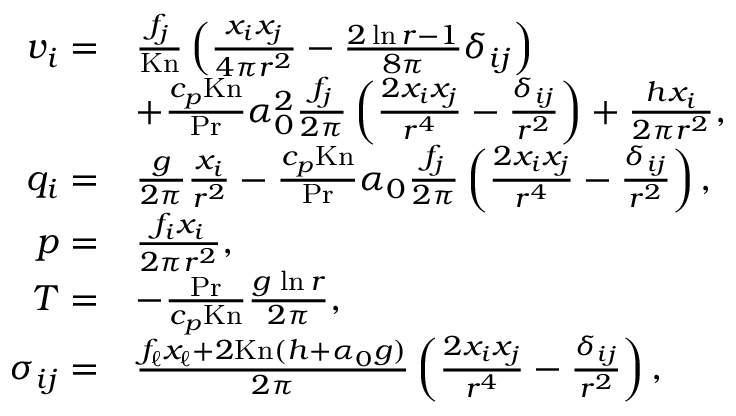
\begin{array} { r l } { v _ { i } = } & { \frac { f _ { j } } { \mathrm { K n } } \left( \frac { x _ { i } x _ { j } } { 4 \pi r ^ { 2 } } - \frac { 2 \ln { r } - 1 } { 8 \pi } \delta _ { i j } \right) } \\ & { + \frac { c _ { p } \mathrm { K n } } { \mathrm { P r } } \alpha _ { 0 } ^ { 2 } \frac { f _ { j } } { 2 \pi } \left( \frac { 2 x _ { i } x _ { j } } { r ^ { 4 } } - \frac { \delta _ { i j } } { r ^ { 2 } } \right) + \frac { h x _ { i } } { 2 \pi r ^ { 2 } } , } \\ { q _ { i } = } & { \frac { g } { 2 \pi } \frac { x _ { i } } { r ^ { 2 } } - \frac { c _ { p } \mathrm { K n } } { \mathrm { P r } } \alpha _ { 0 } \frac { f _ { j } } { 2 \pi } \left( \frac { 2 x _ { i } x _ { j } } { r ^ { 4 } } - \frac { \delta _ { i j } } { r ^ { 2 } } \right) , } \\ { p = } & { \frac { f _ { i } x _ { i } } { 2 \pi r ^ { 2 } } , } \\ { T = } & { - \frac { \mathrm { P r } } { c _ { p } \mathrm { K n } } \frac { g \, \ln { r } } { 2 \pi } , } \\ { \sigma _ { i j } = } & { \frac { f _ { \ell } x _ { \ell } + 2 \mathrm { K n } ( h + \alpha _ { 0 } g ) } { 2 \pi } \left( \frac { 2 x _ { i } x _ { j } } { r ^ { 4 } } - \frac { \delta _ { i j } } { r ^ { 2 } } \right) , } \end{array}